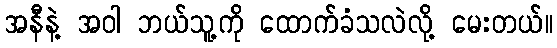
အနီနဲ့ အဝါ ဘယ်သူ့ကို ထောက်ခံသလဲလို့ မေးတယ်။